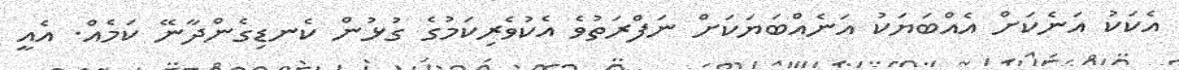
އެކަކު އަނެކަށް އެއްބަޔަކު އަނެއްބަޔަކަށް ނަފްރަތުވެ އެކުވެރިކަމުގެ ގުޅުން ކެނޑިގެންދާނޭ ކަމެއް. އެއީ